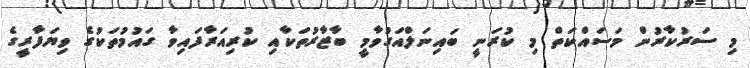
މި ސަރުކާރުން މަސައްކަތް މި ކުރަނީ ބައިނަލްއަގުވާމީ ބާޒާރުތަކާއި ކުރިއަރާފައިވާ ގައުމުތަކުގެ ވިޔަފާރީގެ